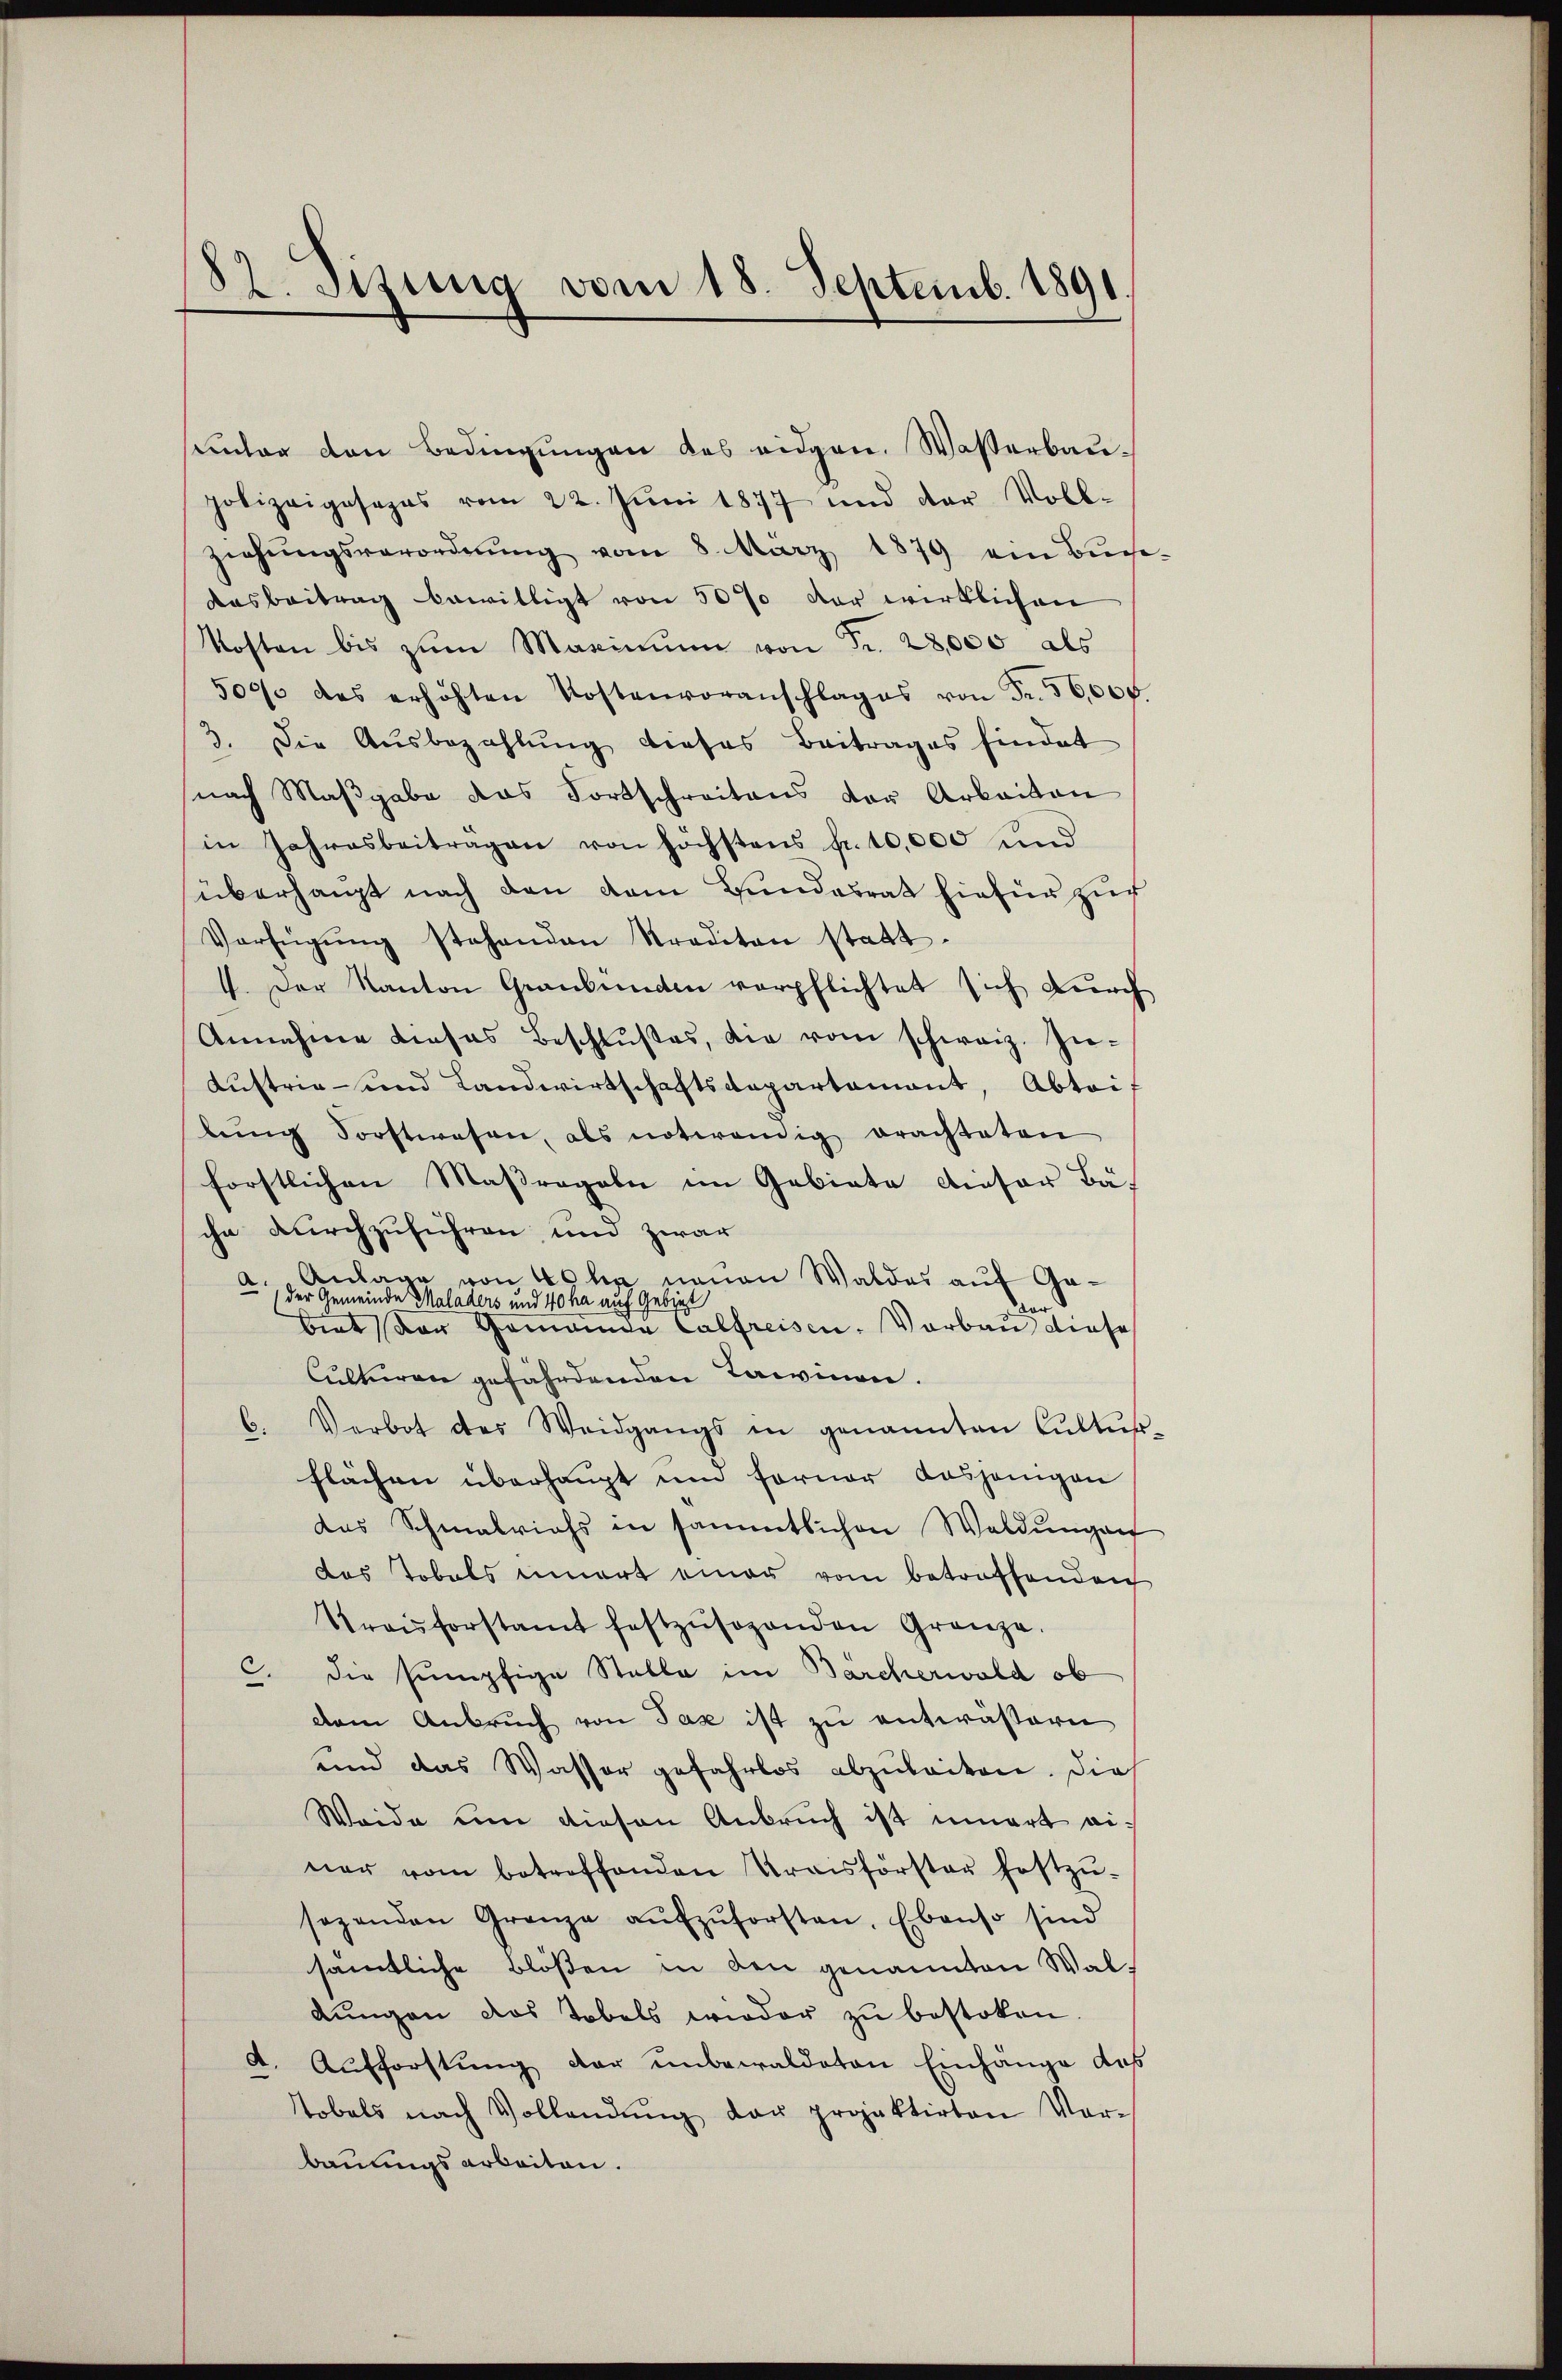
82. Sizung vom 18. Septemb. 1891.

sunter den Bedingungen des eidgen. Wasserbaupolizeigesages vom 22. Jŭni 1877 und der Voll-
ziehungsverordnŭng vom 8. März 1879 ein Buche
Dasbeitrag bewilligt von 50 % der wirklichen
Kosten bis zŭm Maximŭm von Fr. 28,000 als
500% des erhöhten Kostenvoranschlages von Fr. 56,000.
3. Die Ausbezahlung dieses Beitrages findet
nach Maßgabe das Fortschreitens der Arbeiten
in Jahresbeitragen von höchstens fr. 10,000 und
überhaupt nach den vom Bundesrat hiefür zur
Verfügŭng stehenden Straditan statt.
4. Der Kanton Graubünden verpflichtet sich durch
Annahme dieses Beschlŭβes, die vom schweiz. In-
Austrie- und Landwirtschaftsdepartamant, Abtrit
bŭng Forstwesen, als notwendig erachteten
förstlichen Maßregeln im Gebiete dieser Bächn durchzuführen und zwar
a. Anlage von Wehr neuen Waldes auf Ge¬
(der Gemeinde Maladers und 40 ha auf Gebiet
ard
biet der Gemeinde Calfreisen. Vorbau diese
Culturen gefährdenden Lawinen.
6. Verbot des Weidgangs in genannten Cultur
flächen überhaupt um Forner dasjenigen
das Schmalrichs in sämmtlichen Waldungen
das Tobels innert einer vom betroffenden
Traisforstamt festzŭsogenden Gränze.
C. die sumpfige Stalle im Bärcherwald ob
dem Anbruch von Tax ist zu entwässern
und das Wasser gefahrlos abzubriken. Die
Weide um diesen Anbruch ist innert einer vom betroffenden Kraisförster festzŭ-
sagenden Granze aŭfzŭforsten. Ebenso sind
sämtliche Blößen in den genannten Waldŭngen das Tobels wieder zŭ bestoken.
d. Aufforstung der unbewaldeten Einhänge des
tobels nach Vollendŭng der projektirten Ver-
bauungsarbeiten.